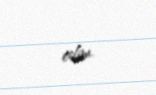
edim.